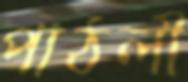
পাঠলী